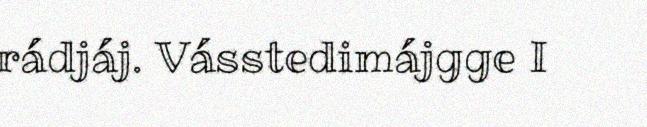
rádjáj. Vásstedimájgge I